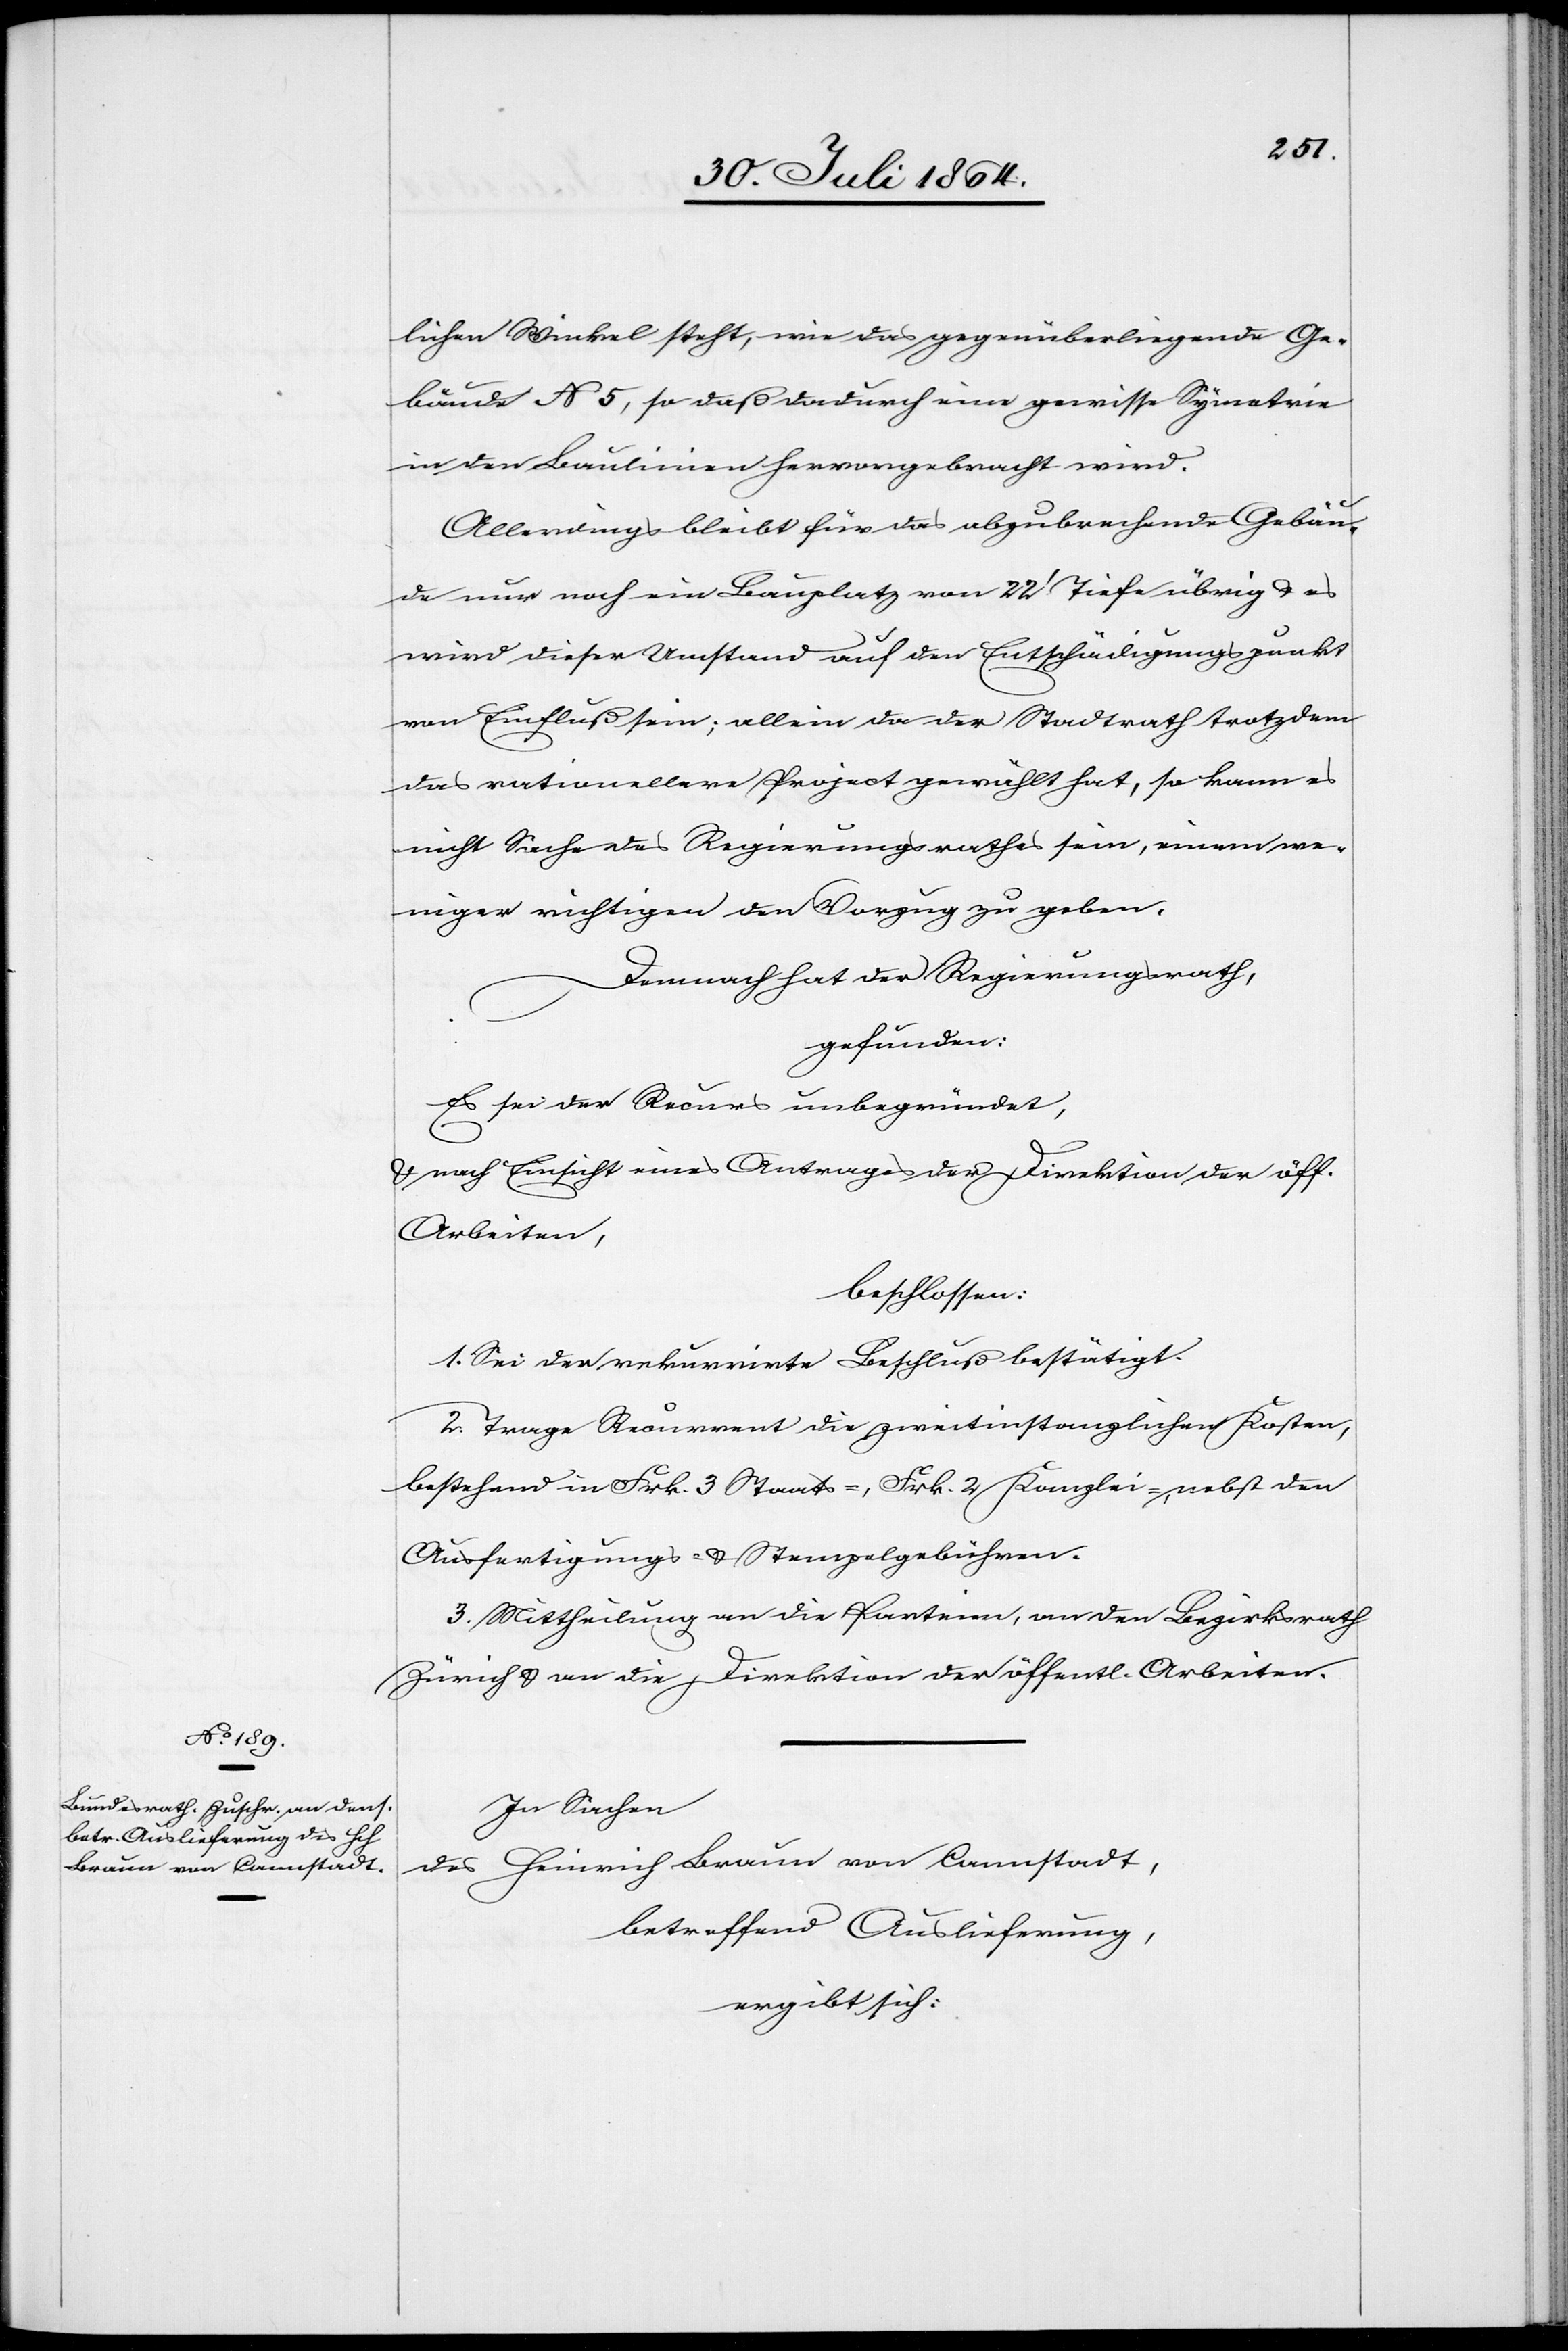
lichen Winkel steht, wie das gegenüberliegende Ge¬
bäude No 5, so daß dadurch eine gewisse Symetrie
in den Baulinien hervorgebracht wird.
Allerdings bleibt für das abzubrechende Gebäu¬
de nur noch ein Bauplatz von 22’ Tiefe übrig & es
wird dieser Umstand auf den Entschädigungspunkt
von Einfluß sein; allein da der Stadtrath trotzdem
das rationellere Project gewählt hat, so kann es
nicht Sache des Regierungsrathes sein, einem we¬
niger richtigen den Vorzug zu geben.
Demnach hat der Regierungsrath,
gefunden:
Es sei der Recurs unbegründet,
& nach Einsicht eines Antrages der Direktion der öff.
Arbeiten,
beschlossen:
1. Sei der rekurrirte Beschluß bestätigt.
2. Trage der Recurrent die zweitinstanzlichen Kosten,
bestehend in Frk. 3 Staats, Frk. 2 Kanzlei-, nebst den
Ausfertigungs- & Stempelgebühren.
3. Mittheilung an die Parteien, an den Bezirksrath
Zürich & an die Direktion der öffentl. Arbeiten.
In Sachen
des Heinrich Braun von Cannstadt,
betreffend Auslieferung,
ergibt sich: